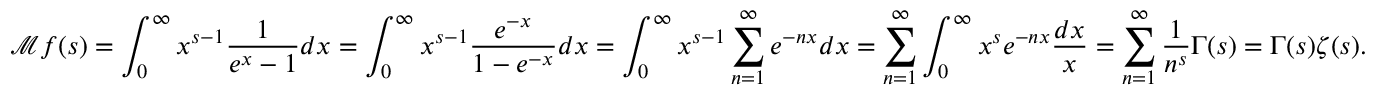
{ \mathcal { M } } f ( s ) = \int _ { 0 } ^ { \infty } x ^ { s - 1 } { \frac { 1 } { e ^ { x } - 1 } } d x = \int _ { 0 } ^ { \infty } x ^ { s - 1 } { \frac { e ^ { - x } } { 1 - e ^ { - x } } } d x = \int _ { 0 } ^ { \infty } x ^ { s - 1 } \sum _ { n = 1 } ^ { \infty } e ^ { - n x } d x = \sum _ { n = 1 } ^ { \infty } \int _ { 0 } ^ { \infty } x ^ { s } e ^ { - n x } { \frac { d x } { x } } = \sum _ { n = 1 } ^ { \infty } { \frac { 1 } { n ^ { s } } } \Gamma ( s ) = \Gamma ( s ) \zeta ( s ) .